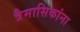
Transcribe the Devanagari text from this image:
त्रैमासिकांना